65_HS1-834228961_62-HQ-83894_Section_5
Agency: FBI
Page 163
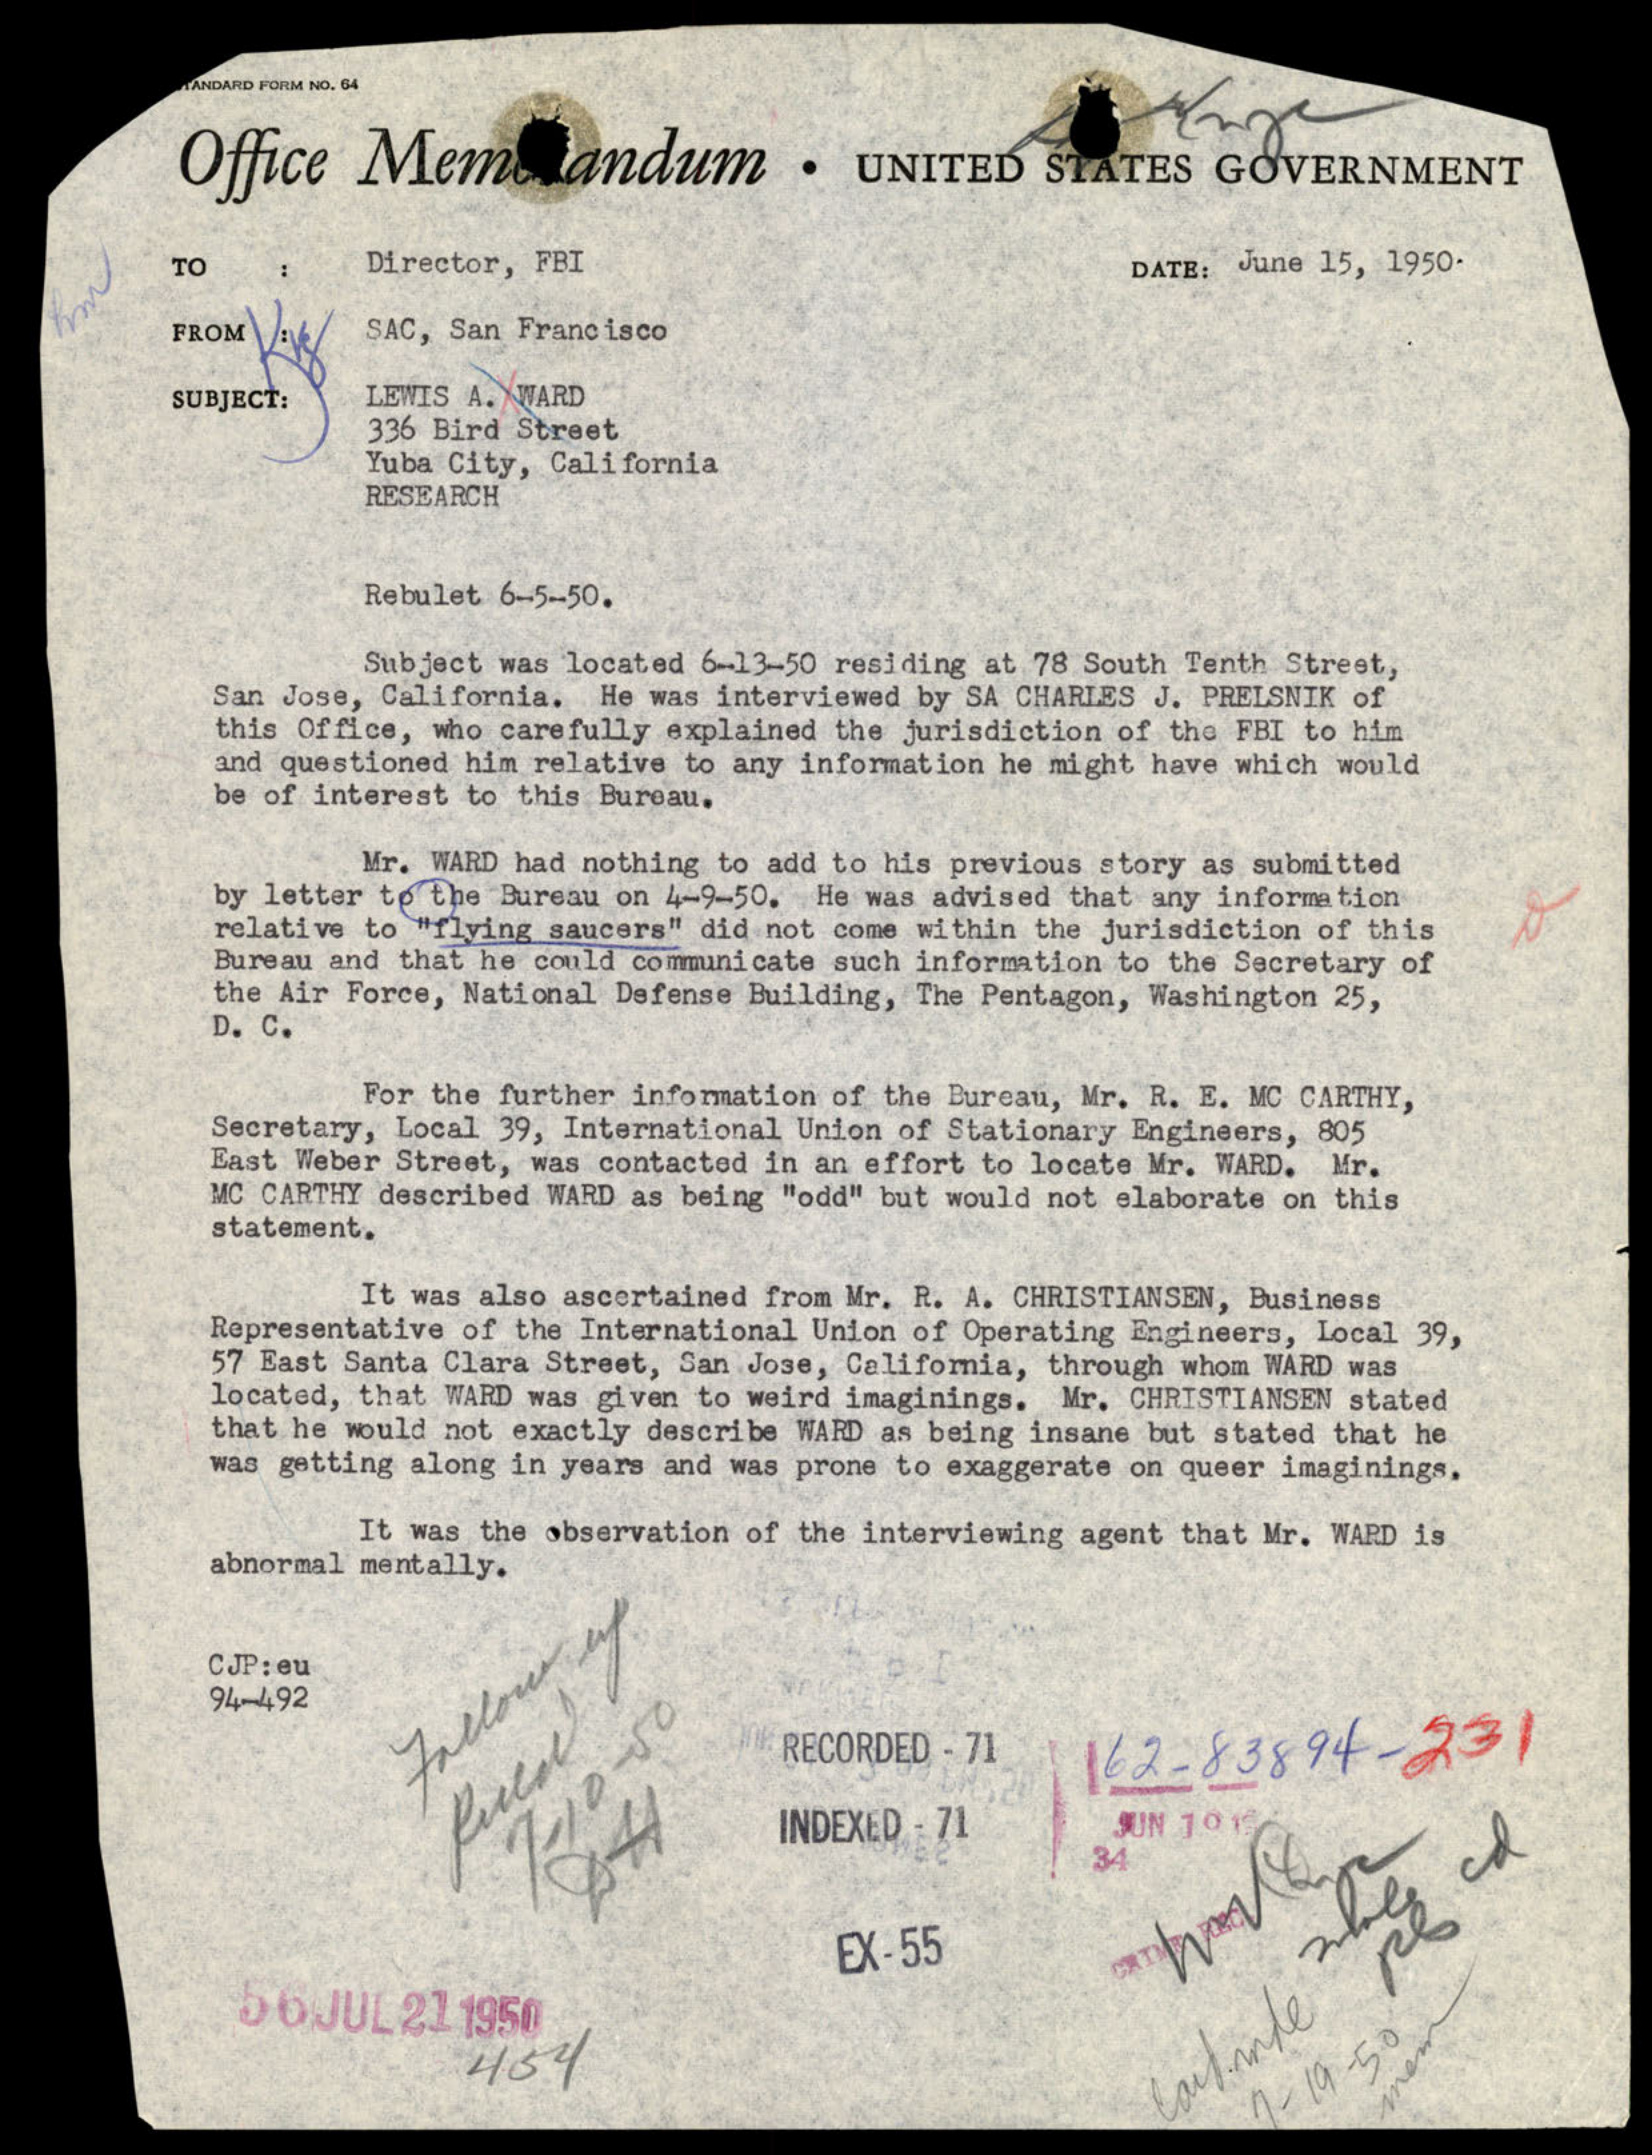